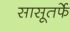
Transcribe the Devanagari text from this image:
सासूतर्फे